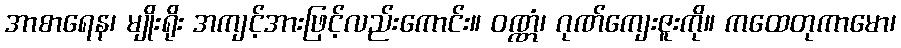
အာစာရေန၊ မျိုးရိုး အကျင့်အားဖြင့်လည်းကောင်း။ ဝဏ္ဏံ၊ ဂုဏ်ကျေးဇူးကို။ ကထေတုကာမော၊